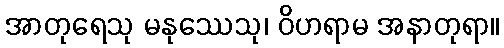
အာတုရေသု မနုဿေသု၊ ဝိဟရာမ အနာတုရာ။